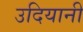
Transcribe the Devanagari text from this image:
उदियानी